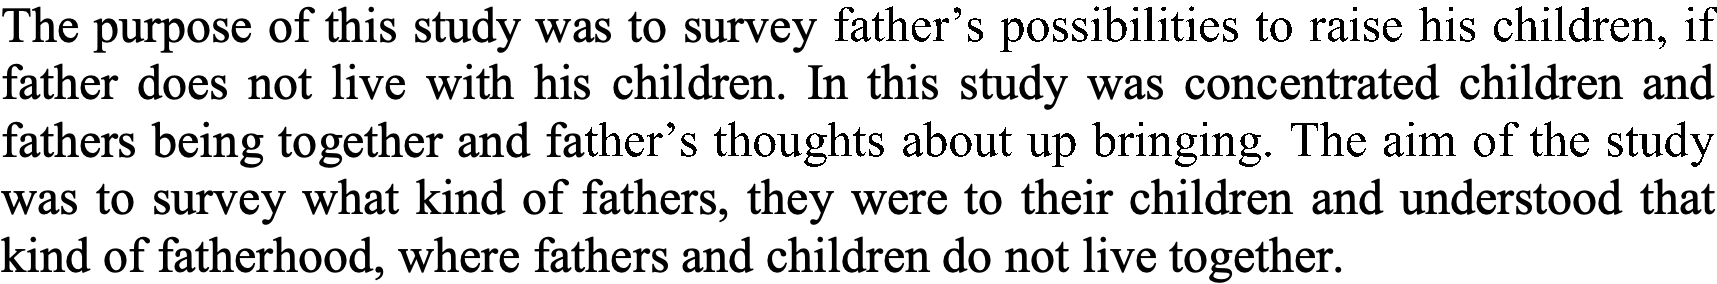
The purpose of this study was to survey father’s possibilities to raise his children, if father does not live with his children. In this study was concentrated children and fathers being together and father’s thoughts about up bringing. The aim of the study was to survey what kind of fathers, they were to their children and understood that kind of fatherhood, where fathers and children do not live together.